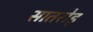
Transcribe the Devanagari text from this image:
सातरोड़